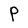
Character: P